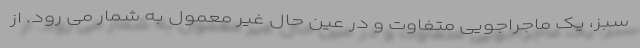
سبز، یک ماجراجویی متفاوت و در عین حال غیر معمول به شمار می رود. از